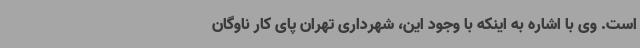
است. وی با اشاره به اینکه با وجود این، شهرداری تهران پای کار ناوگان